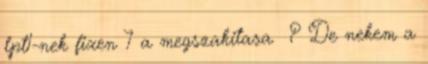
lpt1-nek fixen 7 a megszakitasa ? De nekem a